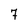
Character: 7